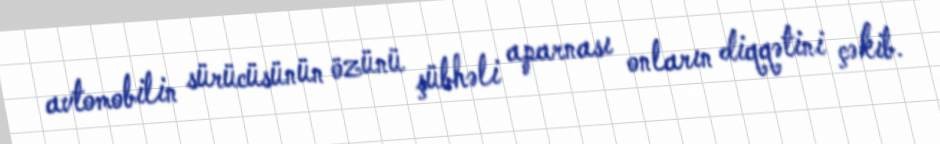
avtomobilin sürücüsünün özünü şübhəli aparnası onların diqqətini çəkib.